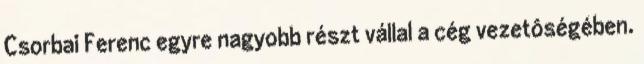
Csorbai Ferenc egyre nagyobb részt vállal a cég vezetôségében.